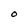
Character: O